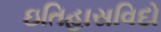
ઇતિહાસવિદો